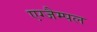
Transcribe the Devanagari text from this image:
एग्जैम्पल